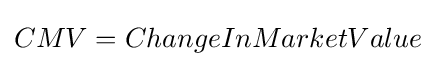
CMV=ChangeInMarketValue